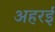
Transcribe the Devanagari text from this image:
अहरई